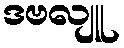
ဒဗလျူ